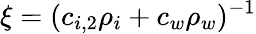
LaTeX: \xi=(c_{i,2}\rho_{i}+c_{w}\rho_{w})^{-1}